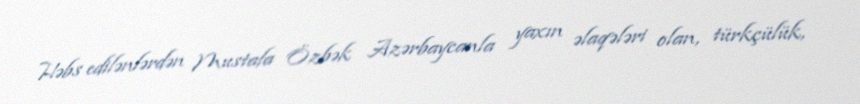
Həbs edilənlərdən Mustafa Özbək Azərbaycanla yaxın əlaqələri olan, türkçülük,